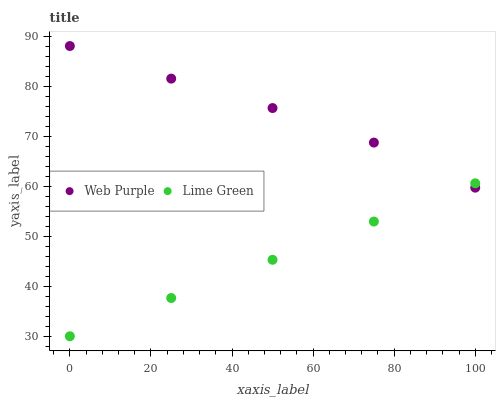
| xaxis_label | Web Purple | Lime Green |
 | --- | --- | --- |
 | 0 | 88 | 30 |
 | 25 | 81.5 | 37.6 |
 | 50 | 75.6 | 45.3 |
 | 75 | 68.7 | 52.9 |
 | 100 | 59.7 | 60.6 |